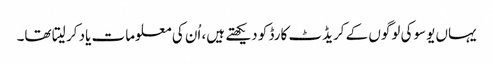
یہاں یوسوکی لوگوں کے کریڈٹ کارڈ کو دیکھتے ہیں، اُن کی معلومات یاد کر لیتا تھا۔